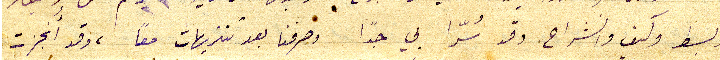
وبسط وكيف وانشراح. وقد سُرّا بي جدًا وصرفنا بعد تنزيهات معًا ، وقد أنجزت